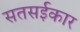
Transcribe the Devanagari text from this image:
सतसईकार